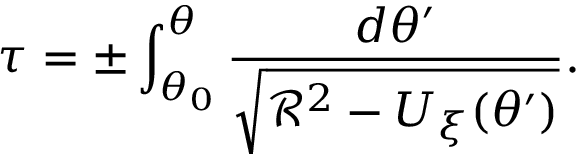
\tau = \pm \int _ { \theta _ { 0 } } ^ { \theta } \frac { d \theta ^ { \prime } } { \sqrt { { \mathcal R } ^ { 2 } - U _ { \xi } ( \theta ^ { \prime } ) } } .